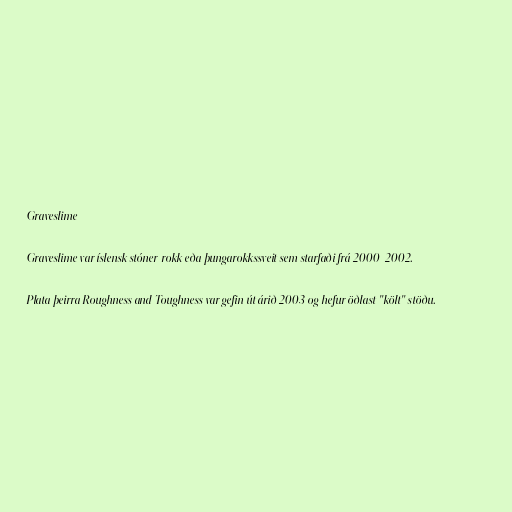
Graveslime

Graveslime var íslensk stóner-rokk eða þungarokkssveit sem starfaði frá 2000-2002.

Plata þeirra Roughness and Toughness var gefin út árið 2003 og hefur öðlast "költ" stöðu.